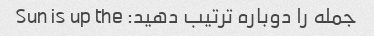
جمله را دوباره ترتیب دهید: Sun is up the